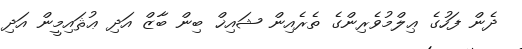
ދެން ފަހުގެ ޢިލްމުވެރިންގެ ތެރެއިން ޝައިޚް ބިން ބާޒް އަދި ޢުޘައިމީން އަދި